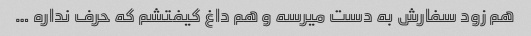
هم زود سفارش به دست میرسه و هم داغ کیفتشم که حرف نداره …